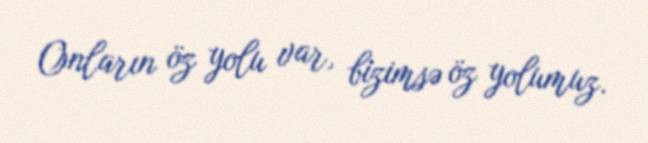
Onların öz yolu var, bizimsə öz yolumuz.